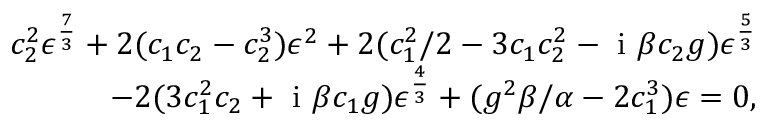
\begin{array} { r } { c _ { 2 } ^ { 2 } \epsilon ^ { \frac { 7 } { 3 } } + 2 ( c _ { 1 } c _ { 2 } - c _ { 2 } ^ { 3 } ) \epsilon ^ { 2 } + 2 ( { c _ { 1 } ^ { 2 } } / { 2 } - 3 c _ { 1 } c _ { 2 } ^ { 2 } - \mathrm { ~ i ~ } \beta c _ { 2 } g ) \epsilon ^ { \frac { 5 } { 3 } } } \\ { - 2 ( 3 c _ { 1 } ^ { 2 } c _ { 2 } + \mathrm { ~ i ~ } \beta c _ { 1 } g ) \epsilon ^ { \frac { 4 } { 3 } } + ( g ^ { 2 } \beta / \alpha - 2 c _ { 1 } ^ { 3 } ) \epsilon = 0 , } \end{array}